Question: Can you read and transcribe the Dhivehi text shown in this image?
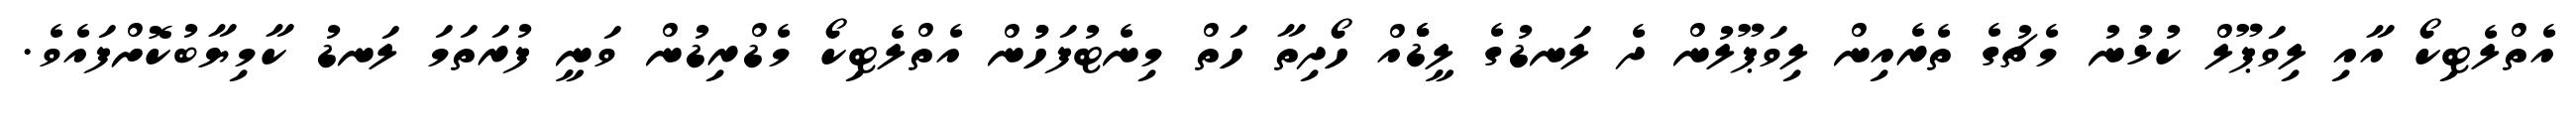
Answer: އެތްލެޓިކޯ އާއި ލިވަޕޫލް ކުޅުނު މެޗުގެ ތެރެއިން ލިވަޕޫލުން ދެ ލަނޑުގެ ލީޑެެެއް ހޯދިތާ ހަތް މިނެޓުފަހުުން އެތްލެޓިކޯ މެޑްރިޑުން ވަނީ ފުރަތަމަ ލަނޑު ކާމިޔާބުކޮށްފައެވެ.